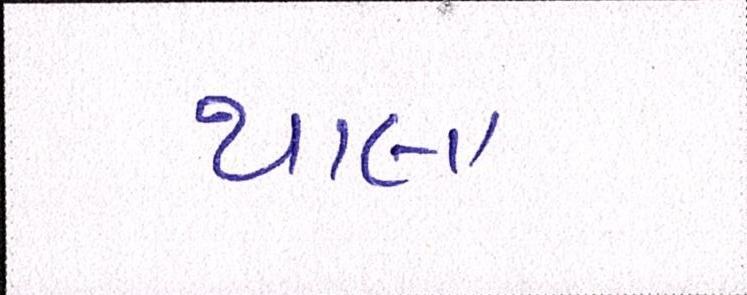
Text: થાલા